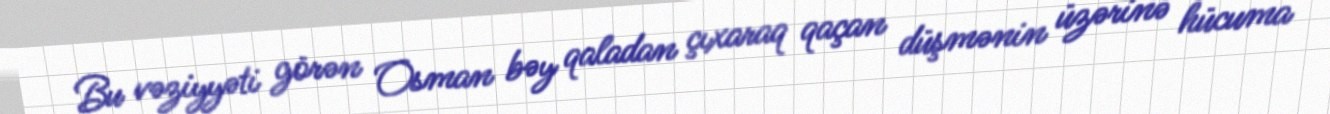
Bu vəziyyəti görən Osman bəy qaladan çıxaraq qaçan düşmənin üzərinə hücuma